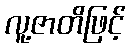
လူ့ဇာတိဖြင့်